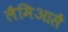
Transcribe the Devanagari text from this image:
लैमिआसै